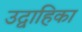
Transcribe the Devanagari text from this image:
उद्वाहिका